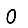
Digit: 0